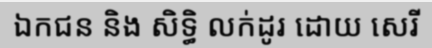
ឯកជន និង សិទ្ធិ លក់ដូរ ដោយ សេរី